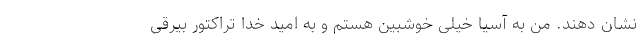
نشان دهند. من به آسیا خیلی خوشبین هستم و به امید خدا تراکتور بیرقی